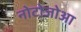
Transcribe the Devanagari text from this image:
नोटोजोआ